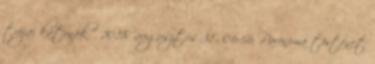
trójai katonák ” 2018. augusztus 31., 06:56 ‎Paronima történet